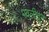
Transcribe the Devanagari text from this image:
पवलीदून